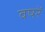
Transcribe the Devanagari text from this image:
वषरें